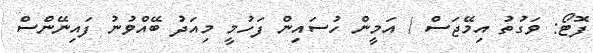
ފޮޓޯ: ވަގުތު އިމޭޖަސް / އަމީން ހުސައިން ފަހުމީ މިއަދު ބޭއްވުނު ފައިނޭންސް